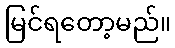
မြင်ရတော့မည်။